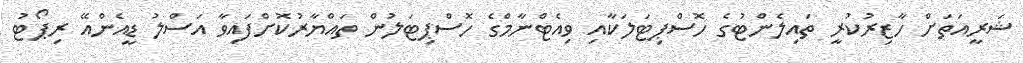
ޝަރީއަތަށް ހާޒިރުކުރީ ތައިލެންޓުގެ ހޮސްޕިޓަލަކާއި ވިއެޓްނާމްގެ ހޮސްޕިޓަލުން ތައްޔާރުކޮށްފައިވާ އަސްލު ޑީއެންއޭ ރިޕޯޓު